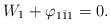
LaTeX: \begin{align*}W_{1}+\varphi _{1\bar{1}1}=0. \end{align*}